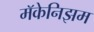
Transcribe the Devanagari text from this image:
मॅकेनिझम